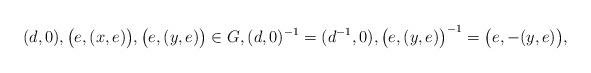
LaTeX: \begin{align*}(d,0), \bigl(e,(x,e)\bigr), \bigl(e,(y,e)\bigr)\in G, (d,0)^{-1}=(d^{-1},0), \bigl(e,(y,e)\bigr)^{-1}=\bigl(e,-(y,e)\bigr), \end{align*}